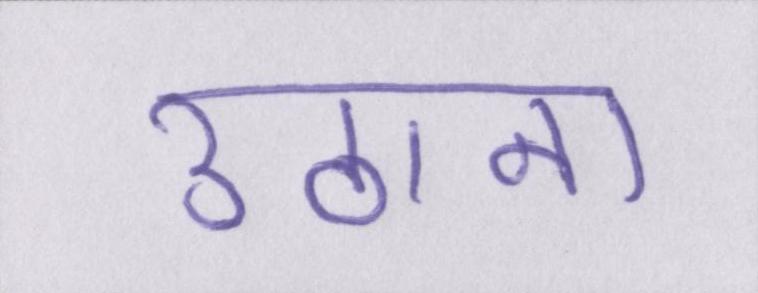
उठाना